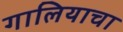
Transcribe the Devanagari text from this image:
गालियाचा